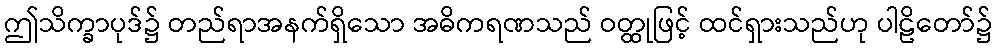
ဤသိက္ခာပုဒ်၌ တည်ရာအနက်ရှိသော အဓိကရဏသည် ဝတ္ထုဖြင့် ထင်ရှားသည်ဟု ပါဠိတော်၌